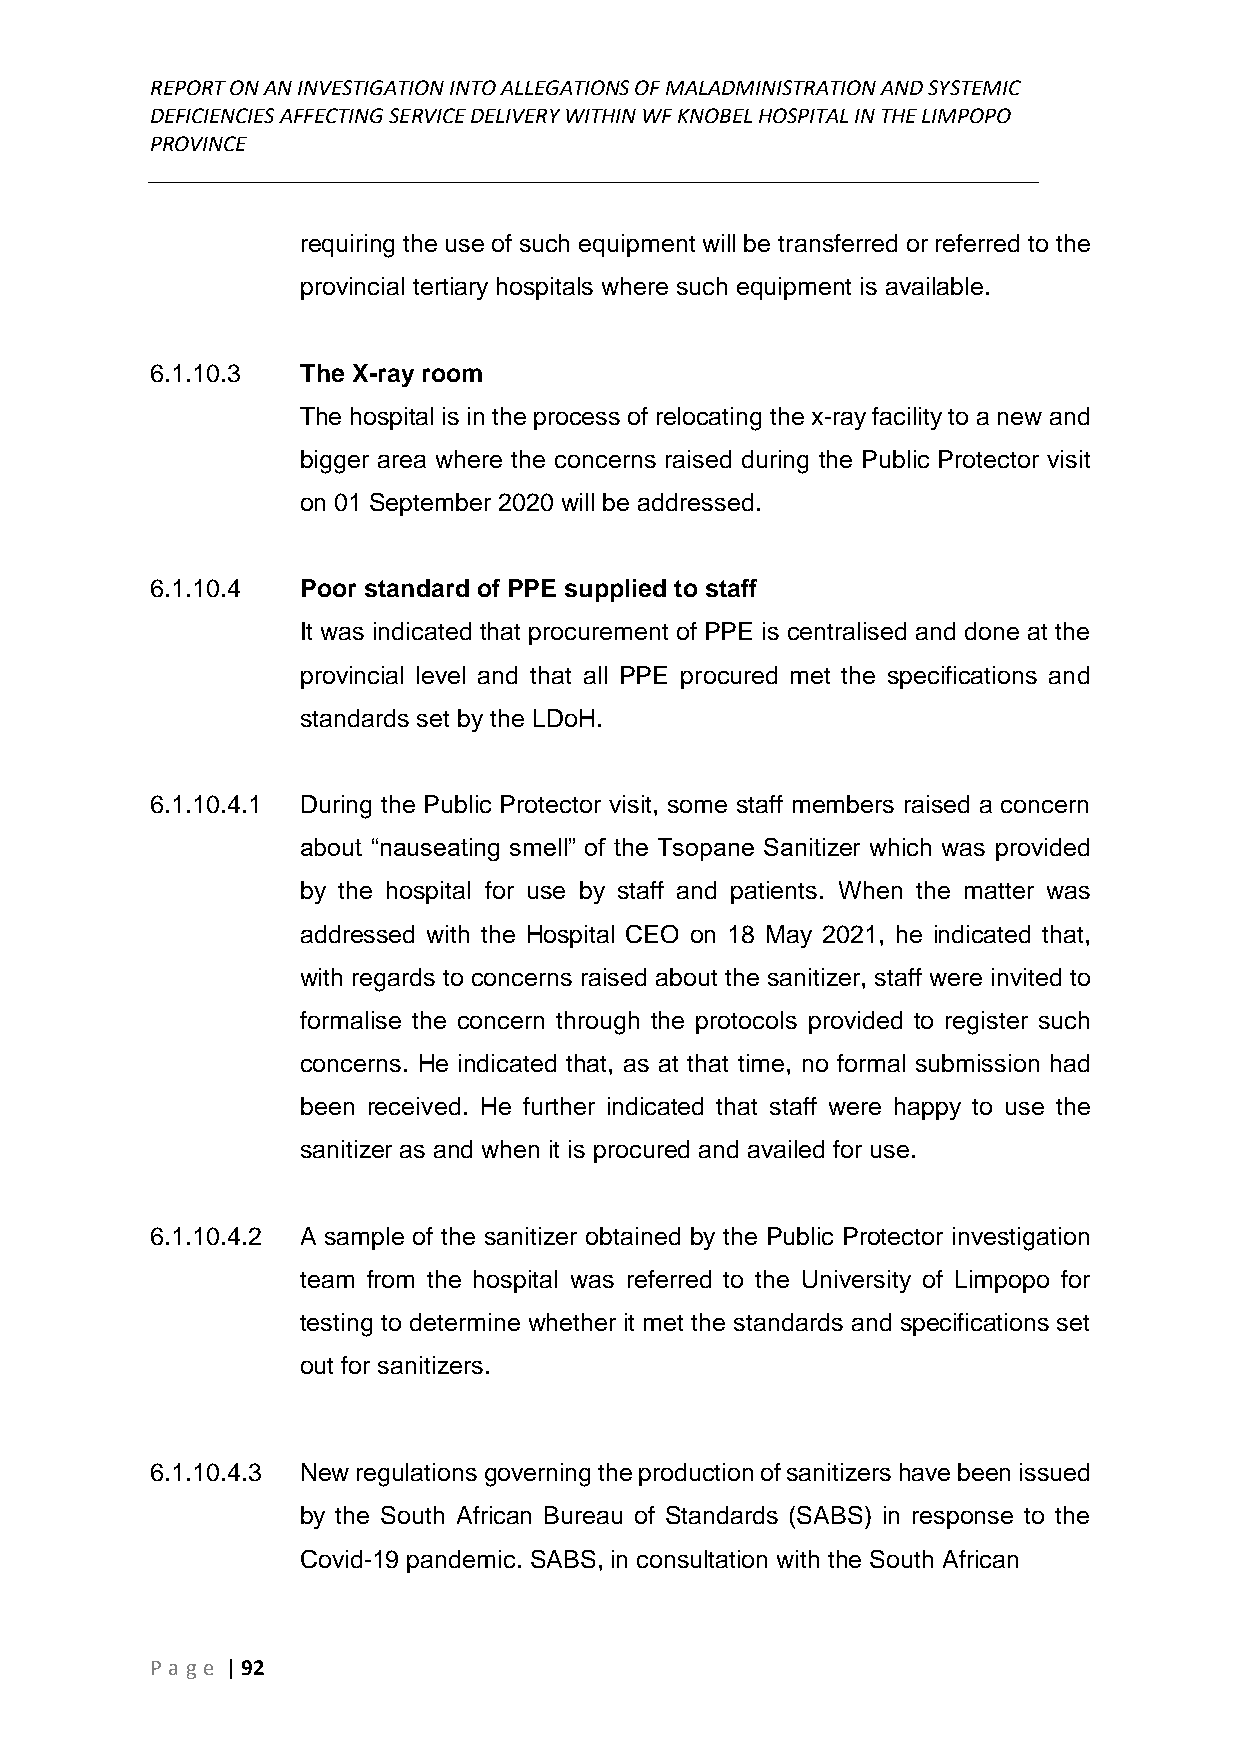
REPORT ON AN INVESTIGATION INTO ALLEGATIONS OF MALADMINISTRATION AND SYSTEMIC
 DEFICIENCIES AFFECTING SERVICE DELIVERY WITHIN WF KNOBEL HOSPITAL IN THE LIMPOPO
 PROVINCE
 ______________________________________________________________________________
 requiring the use of such equipment will be transferred or referred to the
 provincial tertiary hospitals where such equipment is available.
 6.1.10.3  The X-ray room
 The hospital is in the process of relocating the x-ray facility to a new and
 bigger area where the concerns raised during the Public Protector visit
 on 01 September 2020 will be addressed.
 6.1.10.4  Poor standard of PPE supplied to staff
 It was indicated that procurement of PPE is centralised and done at the
 provincial level and that all PPE procured met the specifications and
 standards set by the LDoH.
 6.1.10.4.1 During the Public Protector visit, some staff members raised a concern
 about “nauseating smell” of the Tsopane Sanitizer which was provided
 by the hospital for use by staff and patients. When the matter was
 addressed with the Hospital CEO on 18 May 2021, he indicated that,
 with regards to concerns raised about the sanitizer, staff were invited to
 formalise the concern through the protocols provided to register such
 concerns. He indicated that, as at that time, no formal submission had
 been received. He further indicated that staff were happy to use the
 sanitizer as and when it is procured and availed for use.
 6.1.10.4.2 A sample of the sanitizer obtained by the Public Protector investigation
 team from the hospital was referred to the University of Limpopo for
 testing to determine whether it met the standards and specifications set
 out for sanitizers.
 6.1.10.4.3 New regulations governing the production of sanitizers have been issued
 by the South African Bureau of Standards (SABS) in response to the
 Covid-19 pandemic. SABS, in consultation with the South African
 P age | 92